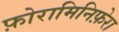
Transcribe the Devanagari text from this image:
फ़ोरामिनिफ़ेरा